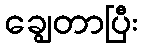
ချွေတာပြီး